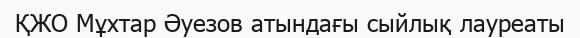
ҚЖО Мұхтар Әуезов атындағы сыйлық лауреаты